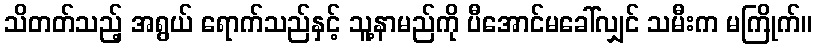
သိတတ်သည့် အရွယ် ရောက်သည်နှင့် သူ့နာမည်ကို ပီအောင်မခေါ်လျှင် သမီးက မကြိုက်။